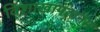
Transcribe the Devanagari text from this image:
विशाखापत्‍तनम